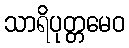
သာရိပုတ္တမေဝ